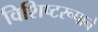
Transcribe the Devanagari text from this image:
विशिष्टरूपाने